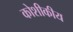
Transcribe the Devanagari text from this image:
कोशीकीय